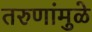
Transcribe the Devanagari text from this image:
तरुणांमुळे